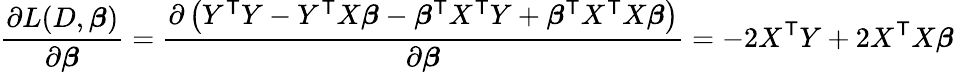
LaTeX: {\frac{\partial L(D,{\boldsymbol{\beta}})}{\partial{\boldsymbol{\beta}}}}={\frac{\partial\left(Y^{\mathsf{T}}Y-Y^{\mathsf{T}}X{\boldsymbol{\beta}}-{\boldsymbol{\beta}}^{\mathsf{T}}X^{\mathsf{T}}Y+{\boldsymbol{\beta}}^{\mathsf{T}}X^{\mathsf{T}}X{\boldsymbol{\beta}}\right)}{\partial{\boldsymbol{\beta}}}}=-2X^{\mathsf{T}}Y+2X^{\mathsf{T}}X{\boldsymbol{\beta}}